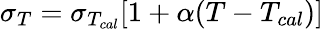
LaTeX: \sigma_{T}={\sigma_{T_{cal}}[1+\alpha(T-T_{cal})]}